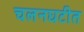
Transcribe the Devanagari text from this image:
चलनघटीत